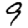
Digit: 9